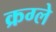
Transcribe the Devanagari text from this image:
क्रग्ले